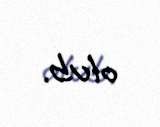
olub.